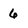
Character: 6